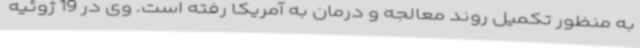
به منظور تکمیل روند معالجه و درمان به آمریکا رفته است. وی در 19 ژوئیه